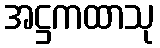
အဋ္ဌကထာသု